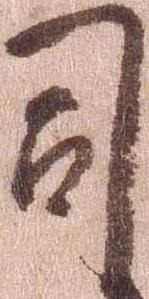
司